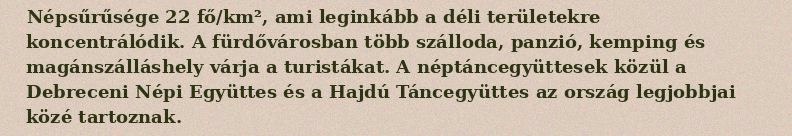
Népsűrűsége 22 fő/km², ami leginkább a déli területekre koncentrálódik. A fürdővárosban több szálloda, panzió, kemping és magánszálláshely várja a turistákat. A néptáncegyüttesek közül a Debreceni Népi Együttes és a Hajdú Táncegyüttes az ország legjobbjai közé tartoznak.